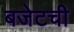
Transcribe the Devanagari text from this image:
बजेटची